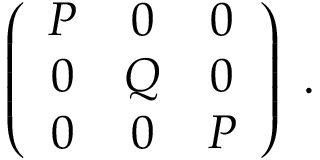
\left( \begin{array} { c c c } { { P } } & { { 0 } } & { { 0 } } \\ { { 0 } } & { { Q } } & { { 0 } } \\ { { 0 } } & { { 0 } } & { { P } } \end{array} \right) ~ .